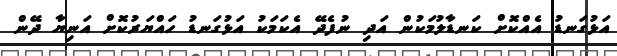
އަޅުގަނޑު އެއްކޮށް ކަނޑާލުމަކުން އަދި ނުފެދޭ އެކަމަކު އަޅުގަނޑު ހައްޔަރުކޮށް އަނިޔާ ދޭން